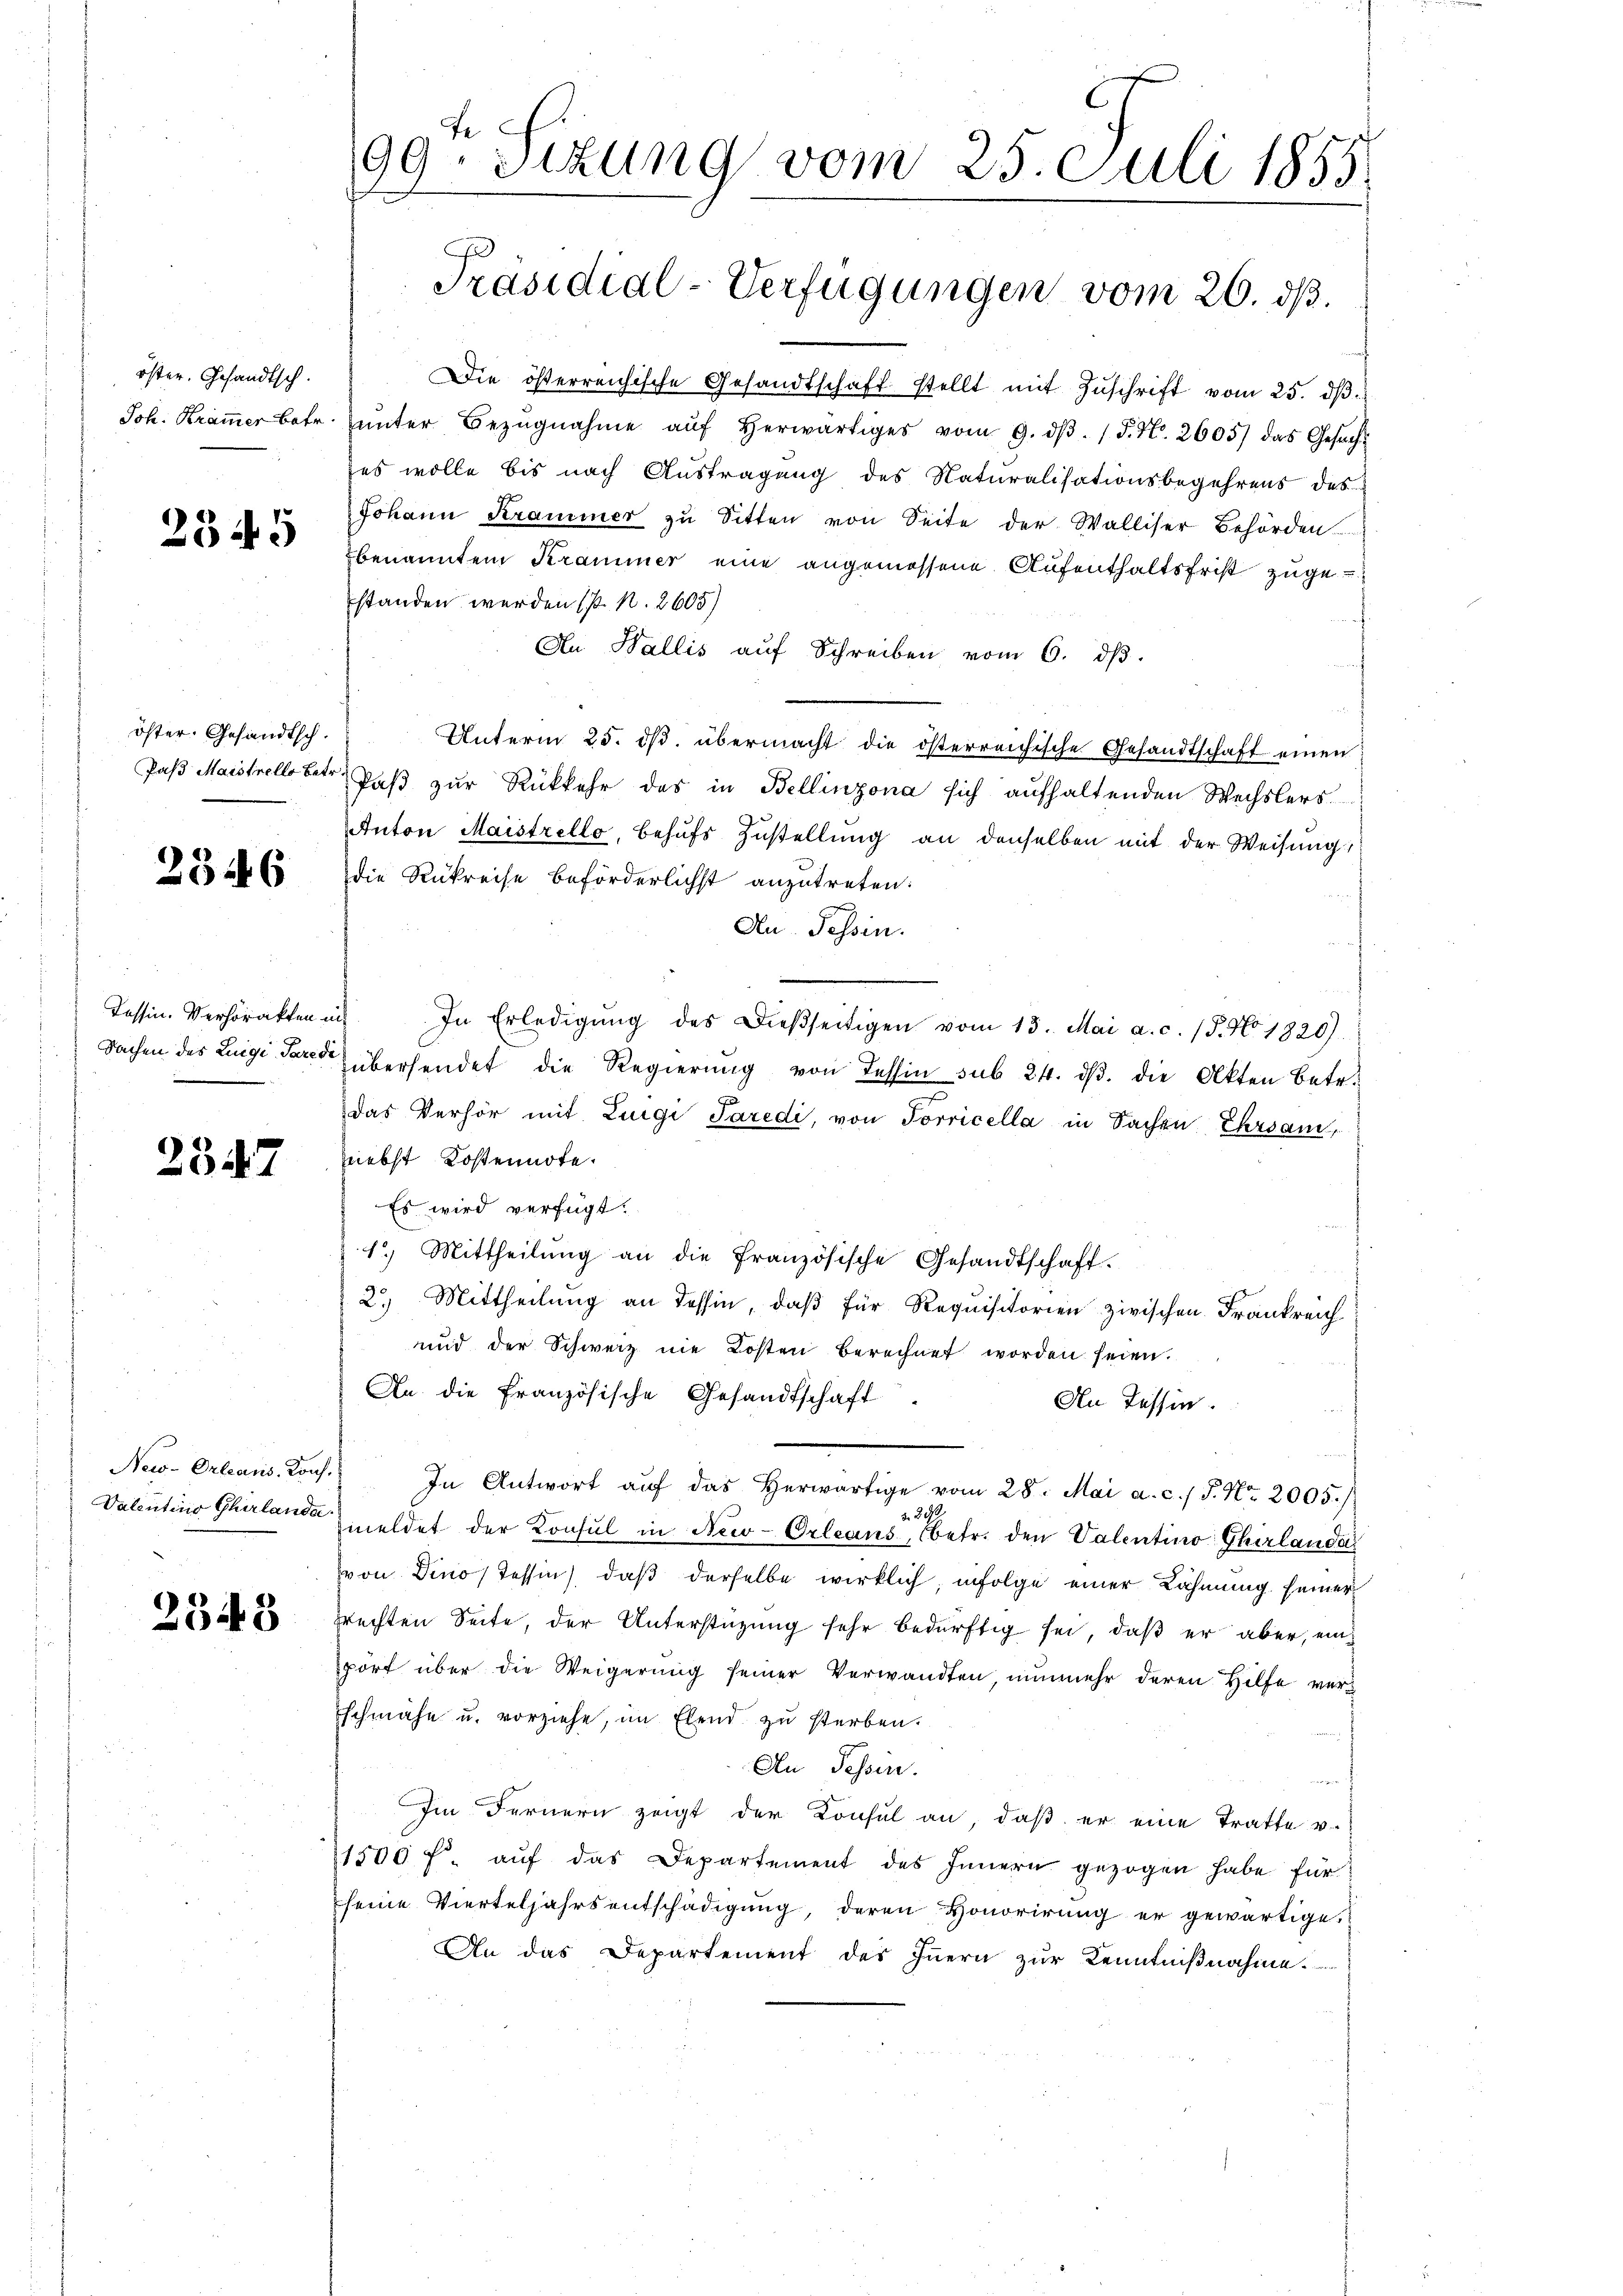
öster. Gesandtsch.
Joh. Kram̅er betr.

2345

öster. Gesandtsch.
Paß Maistrelle betr.

2346

Tessin. Verhörakten in
Sachen des Luigi Pare de

2347

New-Orleans. Kons.
Valentino Gherlande

2348

99. Sitzung vom 25. Juli 1855.

Präsidial-Verfügungen vom 26. ds.

Die österreichische Gesandtschaft stellt mit Zŭschrift vom 25. dβ.
ŭnter Bezŭgnahme aŭf herwärtiges vom 9. dβ. / 5. No. 2605) das Gesŭch
es wolle bis nach Austragung des Naturalisationsbegehrens des
Johann Krammer zŭ Sitten von Seite der Walliser Behörden.
benannten Krammer eine angemessene Aufenthaltsfrist zugestanden werden (s. N. 2605)
f
An Wallis aŭf Schreiben vom 6. dβ.
Unterm 25. ds. übermacht die österreichische Gesandtschaft einen
Paß zur Rückkehr des in Bellinzona sich aufhaltenden Wechslers
Anton Maistrello, behufs Zustellung an denselben mit der Weisung
die Rükreise beförderlichst anzutreten:
An Tessin.
In Erledigŭng des Dießseitigen vom 13. Mai a. c. 15. No. 1820.
übersendet die Regierung von Tessin sub 24. ds. die Akten Betr.
das Verhör mit Luigi Paredi, von Torricella in Sachen Ehrsam,
nebst Kostennote.
Es wird verfügt:
1) Mittheilung an die französische Gesandtschaft.
2.) Mittheilung an Tessin, daß für Requisitorien zwischen Frankreich
und der Schweiz nie Kosten berechnet worden seien.
An die Französische Gesandtschaft
An Tessin.
In Antwort aŭf das herwärtige vom 28. Mai a. c. 1 S. Nr. 2005.)
. 39
meldet der Konsul in New-Orleans, betr. den Valentino Thirlandas
von Dino Tessin, daß derselbe wirklich, infolge einer Lähmung seiner
rechten Seite, der Unterstüzung sehr bedürftig sei, daß er aber, einport über die Weigerung seiner Verwandten, nunmehr deren Hilfe verschmähe u. vorziehe, im Elend zu sterben.
An Tessen.
Im Fernern zeigt der Konsul an, daß er eine Tratte v.
1500 f. auf das Departement des Innern gezogen habe für
seine Vierteljahrs entschädigung, deren Honorirung er gewärtige
An das Departement des Innern zur Kenntnißnahme.